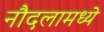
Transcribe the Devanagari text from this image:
नौदलामध्ये